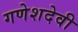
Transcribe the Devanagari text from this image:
गणेशदेवी